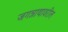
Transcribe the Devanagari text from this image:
जगन्नाथावरील